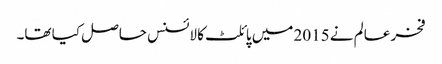
فخر عالم نے 2015 میں پائلٹ کا لائسنس حاصل کیا تھا۔